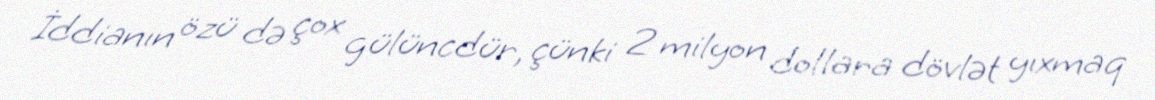
İddianın özü də çox gülüncdür, çünki 2 milyon dollara dövlət yıxmaq